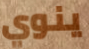
ينوي